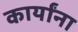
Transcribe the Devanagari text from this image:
कार्यांना